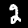
Digit: 2